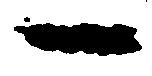
一